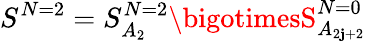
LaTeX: S^{N=2}=S_{A_{2}}^{N=2}\bigotimesS_{A_{2\mathbf{j}+2}}^{N=0}